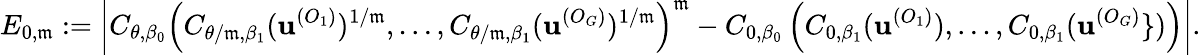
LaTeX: E_{0,\mathfrak{m}}:=\left|C_{\theta,\beta_{0}}\left(C_{\theta/\mathfrak{m},\beta_{1}}(\textbf{{u}}^{(O_{1})})^{1/\mathfrak{m}},\dots,C_{\theta/\mathfrak{m},\beta_{1}}(\textbf{{u}}^{(O_{G})})^{1/\mathfrak{m}}\right)^{\mathfrak{m}}-C_{0,\beta_{0}}\left(C_{0,\beta_{1}}(\textbf{{u}}^{(O_{1})}),\dots,C_{0,\beta_{1}}(\textbf{{u}}^{(O_{G})}\} )\right)\right|.